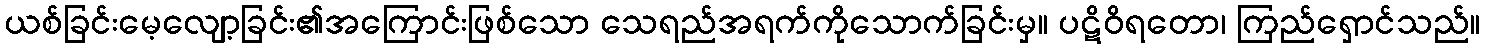
ယစ်ခြင်းမေ့လျော့ခြင်း၏အကြောင်းဖြစ်သော သေရည်အရက်ကိုသောက်ခြင်းမှ။ ပဋိဝိရတော၊ ကြည်ရှောင်သည်။